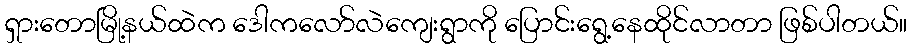
ရှားတောမြို့နယ်ထဲက ဒေါကလော်လဲကျေးရွာကို ပြောင်းရွေ့နေထိုင်လာတာ ဖြစ်ပါတယ်။